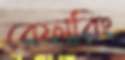
রেফারিং